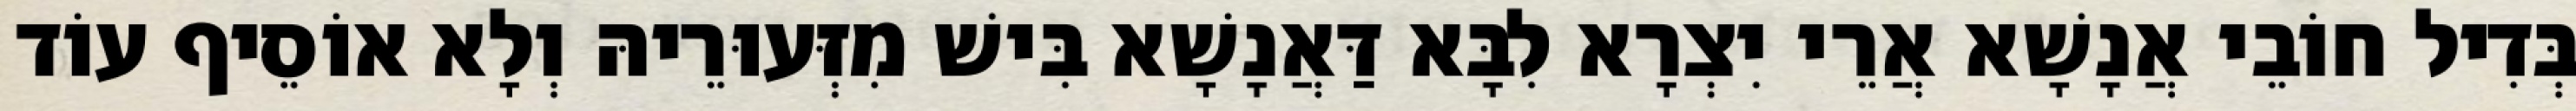
בְּדִיל חוֹבֵי אֲנָשָׁא אֲרֵי יִצְרָא לִבָּא דַּאֲנָשָׁא בִּישׁ מִזְּעוּרֵיהּ וְלָא אוֹסֵיף עוֹד